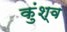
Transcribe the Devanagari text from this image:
कुंश्व